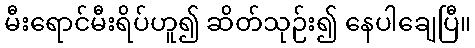
မီးရောင်မီးရိပ်ဟူ၍ ဆိတ်သုဉ်း၍ နေပါချေပြီ။